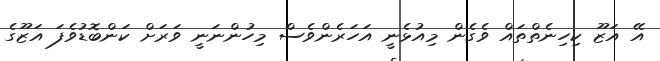
އޭ އަޒޫ ކިހިނެތްތައް ވެގެން މިއުޅެނީ އަހަރެންވެސް މިހުންނަނީ ވަރަށް ކަންބޮޑުވެފަ އަޒޫގެ